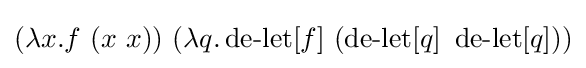
(\lambda x.f\ (x\ x))\ (\lambda q.\operatorname {de-let} [f]\ (\operatorname {de-let} [q]\ \operatorname {de-let} [q]))